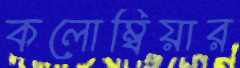
কলোম্বিয়ার